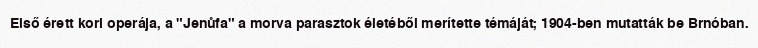
Első érett kori operája, a "Jenůfa" a morva parasztok életéből merítette témáját; 1904-ben mutatták be Brnóban.